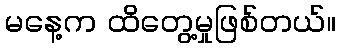
မနေ့က ထိတွေ့မှုဖြစ်တယ်။